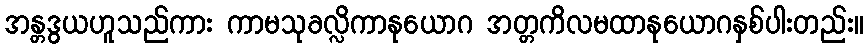
အန္တဒွယဟူသည်ကား ကာမသုခလ္လိကာနုယောဂ အတ္တကိလမထာနုယောဂနှစ်ပါးတည်း။